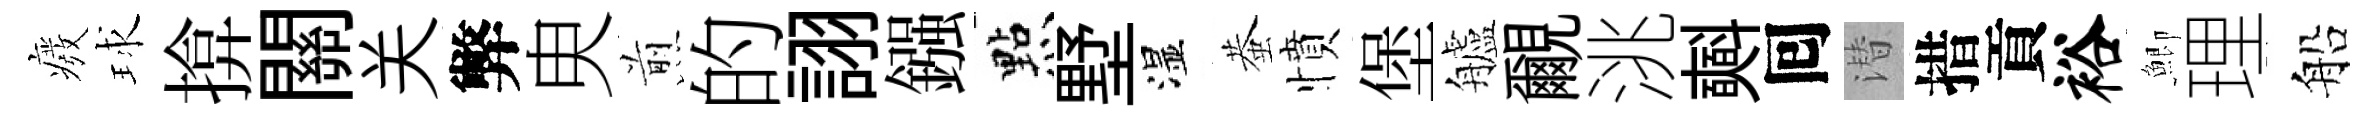
癈球揜關关弊㬰煎的詡鏹㸃墅湿蛬憤堡艫覼洮𣂏囘潜措貢裕鯽理船